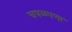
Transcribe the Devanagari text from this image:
चपळपणा